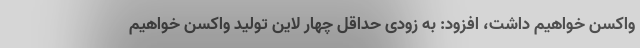
واکسن خواهیم داشت، افزود: به زودی حداقل چهار لاین تولید واکسن خواهیم